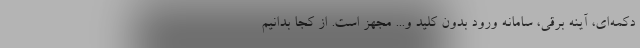
دکمه‌ای، آینه برقی، سامانه ورود بدون کلید و... مجهز است. از کجا بدانیم